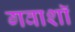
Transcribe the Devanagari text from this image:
गवाशॉ